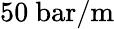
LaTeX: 50\ \mathrm{bar/m}